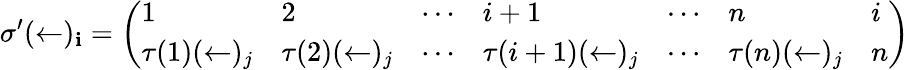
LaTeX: \sigma^{\prime}(\leftarrow)_{\mathbf{i}}={\left(\begin{array}{lllllll}{1}&{2}&{\cdots}&{i+1}&{\cdots}&{n}&{i}\\ {\tau(1)(\leftarrow)_{j}}&{\tau(2)(\leftarrow)_{j}}&{\cdots}&{\tau(i+1)(\leftarrow)_{j}}&{\cdots}&{\tau(n)(\leftarrow)_{j}}&{n}\end{array}\right)}